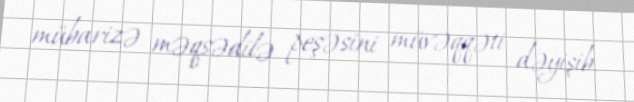
mübarizə məqsədilə peşəsini müvəqqəti dəyişib.